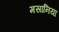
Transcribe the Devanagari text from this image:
मसानिया